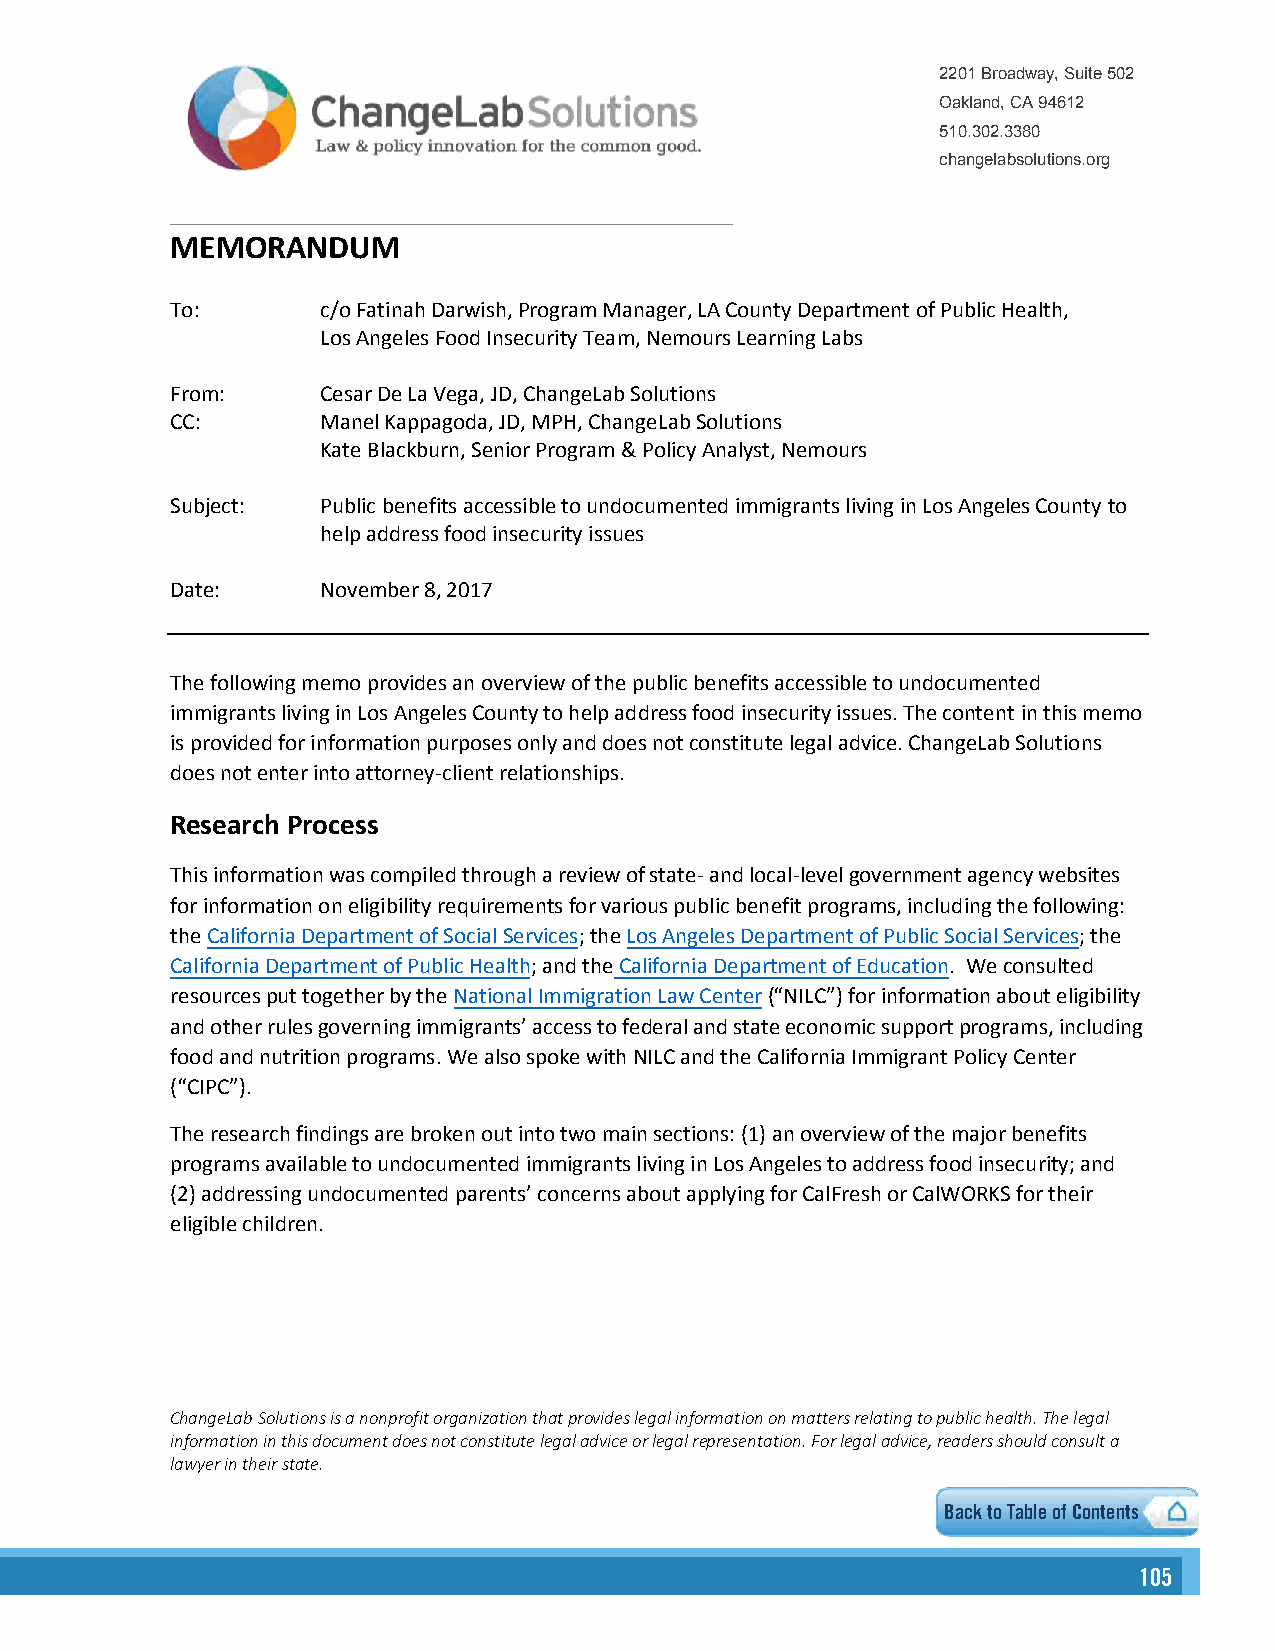
2201 Broadway, Suite 502
 Oakland, CA 94612
 510.302.3380
 changelabsolutions.org
 MEMORANDUM
 To:       c/o Fatinah Darwish, Program Manager, LA County Department of Public Health,
 Los Angeles Food Insecurity Team, Nemours Learning Labs
 From:     Cesar De La Vega, JD, ChangeLab Solutions
 CC:       Manel Kappagoda, JD, MPH, ChangeLab Solutions
 Kate Blackburn, Senior Program & Policy Analyst, Nemours
 Subject:  Public benefits accessible to undocumented immigrants living in Los Angeles County to
 help address food insecurity issues
 Date:     November 8, 2017
 The following memo provides an overview of the public benefits accessible to undocumented
 immigrants living in Los Angeles County to help address food insecurity issues. The content in this memo
 is provided for information purposes only and does not constitute legal advice. ChangeLab Solutions
 does not enter into attorney-client relationships.
 Research Process
 This information was compiled through a review of state- and local-level government agency websites
 for information on eligibility requirements for various public benefit programs, including the following:
 the California Department of Social Services; the Los Angeles Department of Public Social Services; the
 California Department of Public Health; and the California Department of Education. We consulted
 resources put together by the National Immigration Law Center (“NILC”) for information about eligibility
 and other rules governing immigrants’ access to federal and state economic support programs, including
 food and nutrition programs. We also spoke with NILC and the California Immigrant Policy Center
 (“CIPC”).
 The research findings are broken out into two main sections: (1) an overview of the major benefits
 programs available to undocumented immigrants living in Los Angeles to address food insecurity; and
 (2)addressing undocumented parents’ concerns about applying for CalFresh or CalWORKS for their
 eligible children.
 ChangeLab Solutions is a nonprofit organization that provides legal information on matters relating to public health. The legal
 information in this document does not constitute legal advice or legal representation. For legal advice, readers should consult a
 lawyer in their state.
 Back to Table of Contents
 105